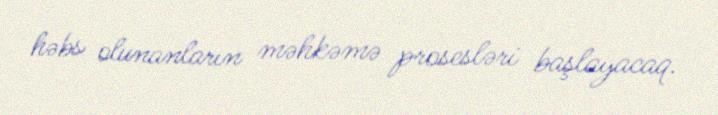
həbs olunanların məhkəmə prosesləri başlayacaq.